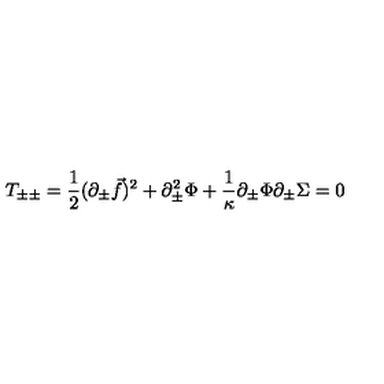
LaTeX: T _ { \pm \pm } = { \frac { 1 } { 2 } } ( \partial _ { \pm } { \vec { f } } ) ^ { 2 } + \partial _ { \pm } ^ { 2 } \Phi + { \frac { 1 } { \kappa } } \partial _ { \pm } \Phi \partial _ { \pm } \Sigma = 0